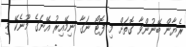
ރެޔާން ބޭނުންވާ ގޮތަށް މި ފޮޓޯ ނަގާ ނިމޭއިރު އޭނަގެ މޫނެކޭ މި